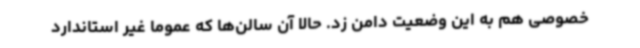
خصوصی هم به این وضعیت دامن زد. حالا آن سالن‌ها که عموما غیر استاندارد